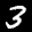
Label: 3